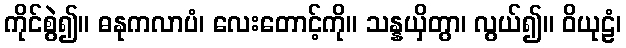
ကိုင်စွဲ၍။ ဓနုကလာပံ၊ လေးတောင့်ကို။ သန္နယှိတွာ၊ လွယ်၍။ ဝိယုဠံ၊